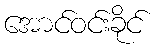
အောင်ဝင်းခိုင်